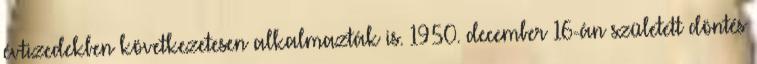
évtizedekben következetesen alkalmazták is. 1950. december 16-án született döntés